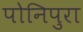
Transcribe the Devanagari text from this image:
पोनिपुरा